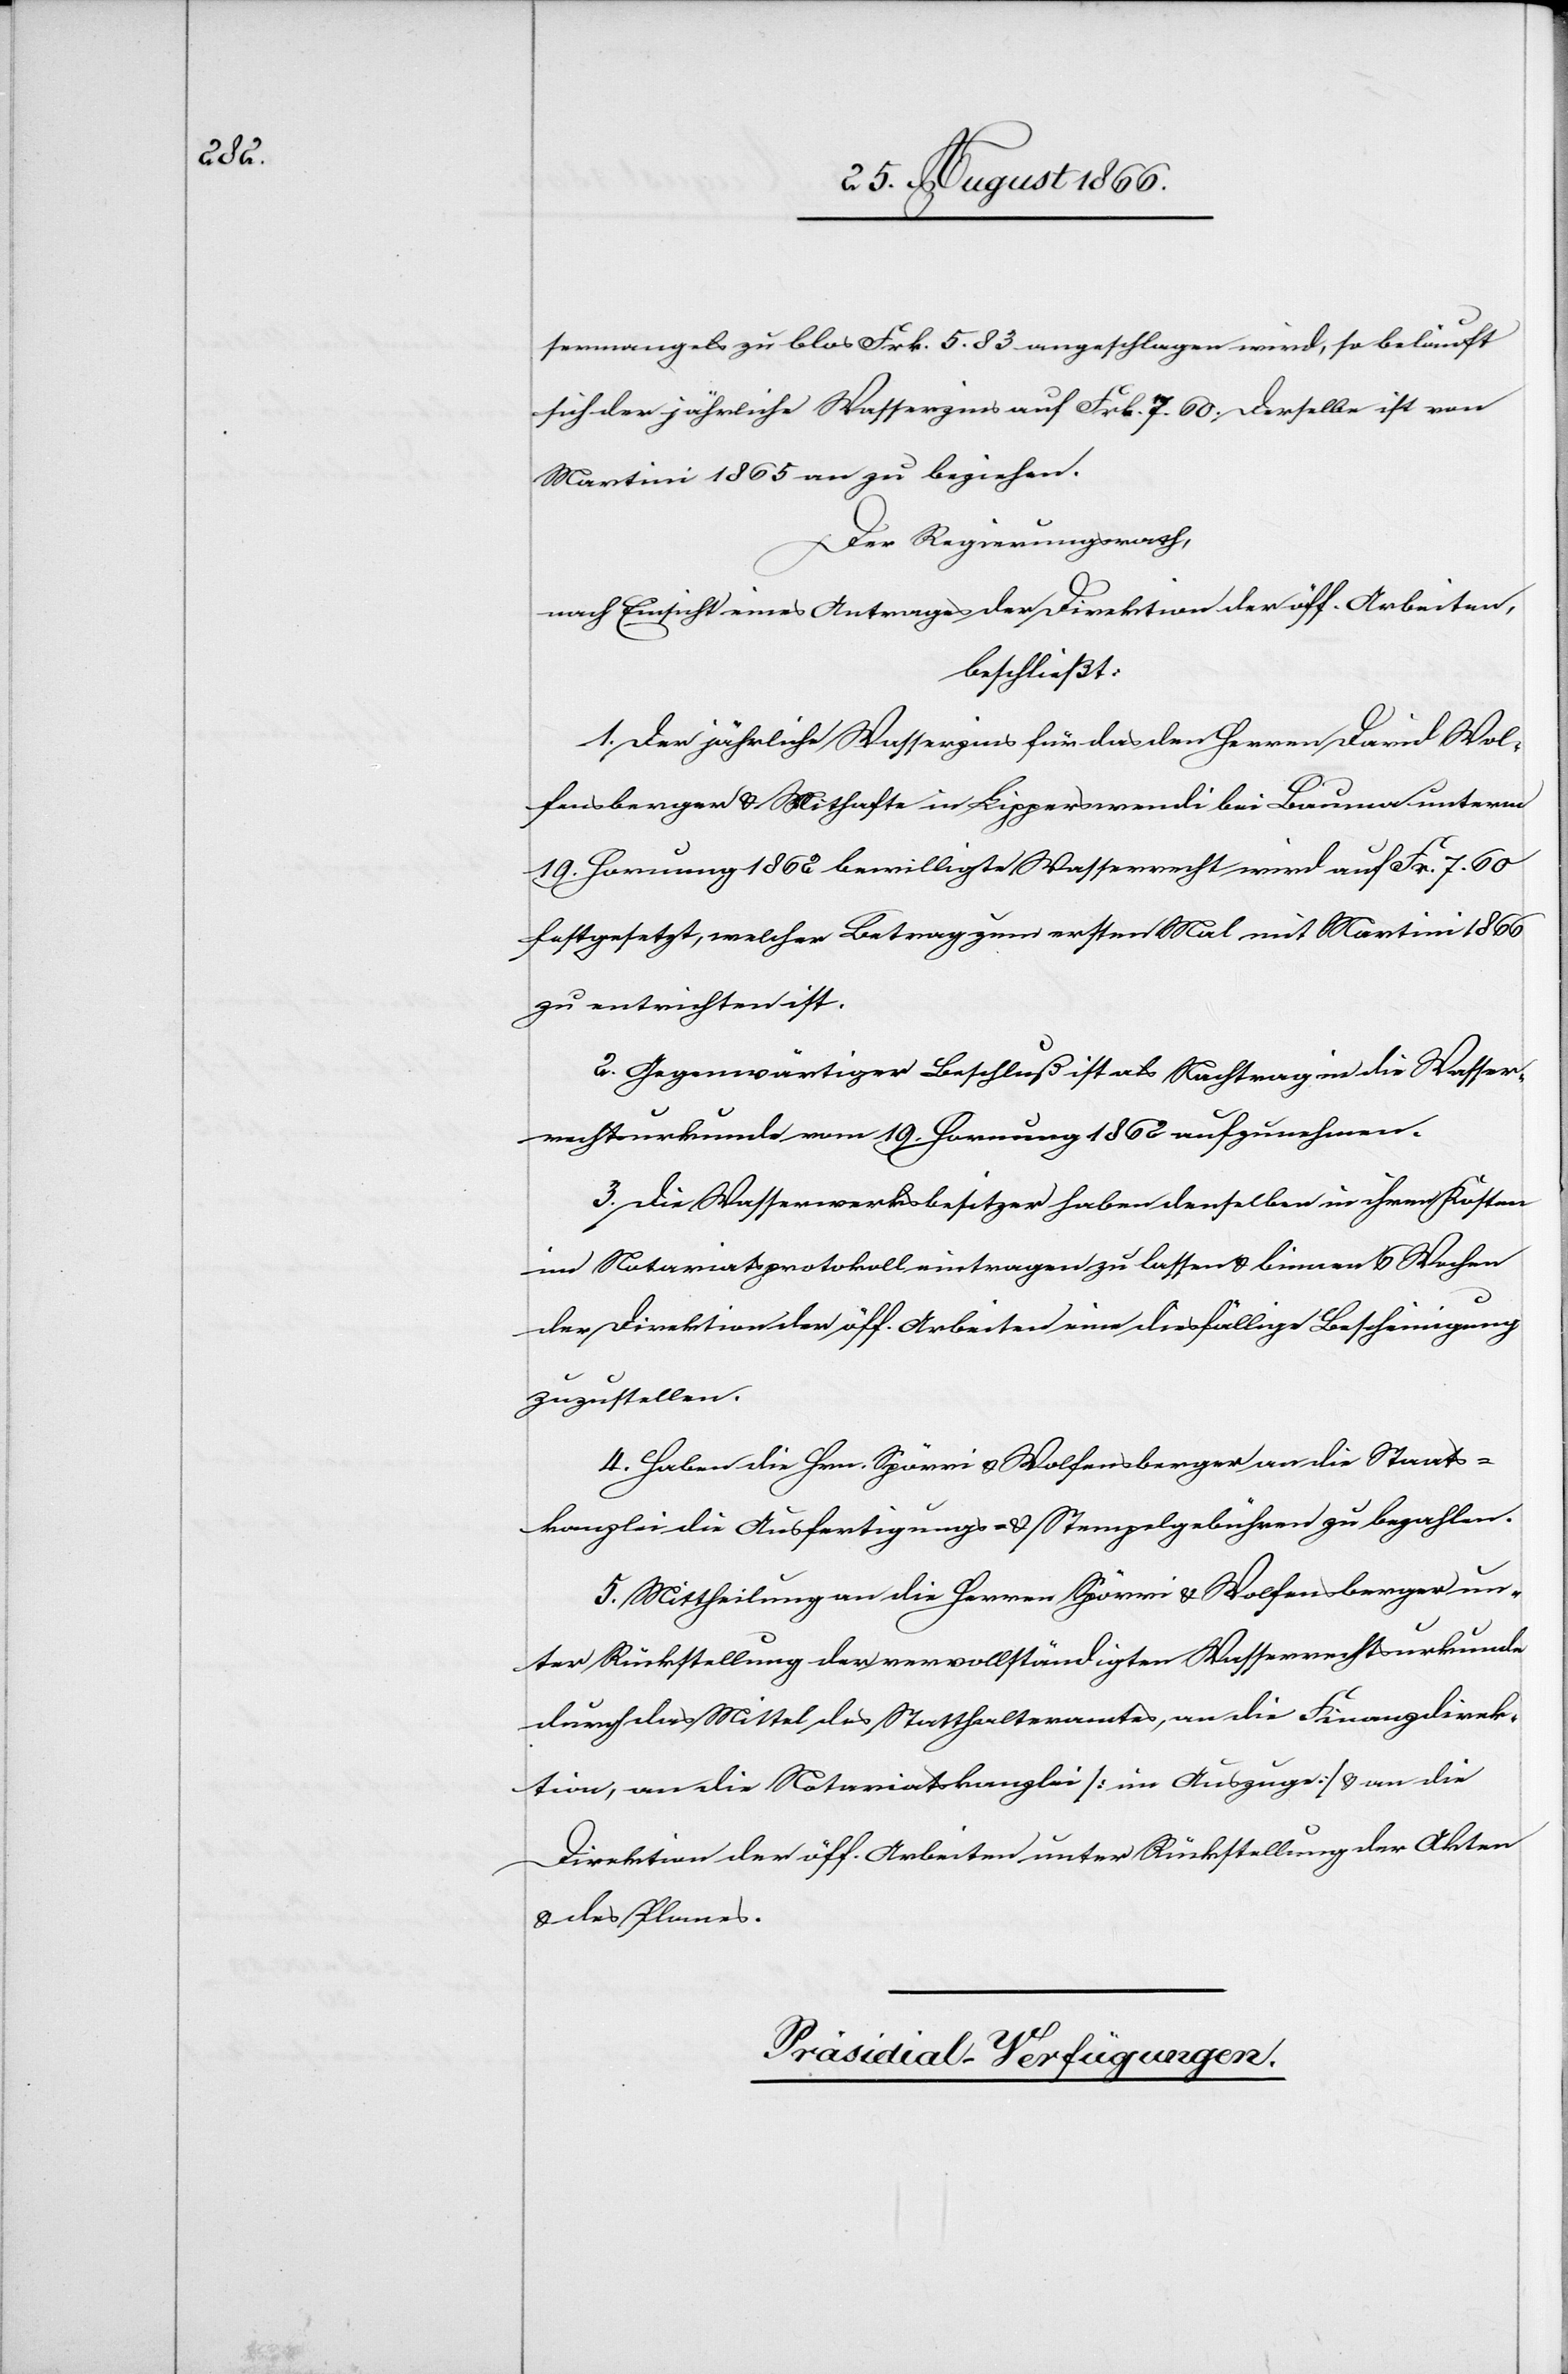
sermangel zu blos Frk. 5.83 angeschlagen wird, so beläuft
sich der jährliche Wasserzins auf Frk. 7.60. Derselbe ist von
Martini 1865 an zu beziehen.
Der Regierungsrath,
nach Einsicht eines Antrages der Direktion der öff. Arbeiten,
beschließt:
1. Der jährliche Wasserzins für das den Herren David Wol¬
fensberger u. Mithafte in Lipperschwendi bei Bauma unterm
19. Hornung 1862 bewilligte Wasserrecht wird auf Frk. 7.60
festgesetzt, welcher Betrag zum ersten Mal mit Martini 1866
zu entrichten ist.
2. Gegenwärtiger Beschluß ist als Nachtrag in die Wasser¬
rechtsurkunde vom 19. Hornung 1862 aufzunehmen.
3. Die Wasserwerksbesitzer haben denselben in ihren Kosten
im Notariatsprotokoll eintragen zu lassen u. binnen 6 Wochen
der Direktion der öff. Arbeiten eine diesfällige Bescheinigung
zuzustellen.
4. Haben die Hrn. Spörri u. Wolfensberger an die Staats¬
kanzlei die Ausfertigungs- u. Stempelgebühren zu bezahlen.
5. Mittheilung an die Herren Spörri u. Wolfensberger un¬
ter Rückstellung der vervollständigten Wasserrechtsurkunde
durch das Mittel des Statthalteramtes, an die Finanzdirek¬
tion, an die Notariatskanzlei [im Auszuge] u. an die
Direktion der öff. Arbeiten unter Rückstellung der Akten.
Präsidial-Verfügungen.